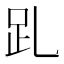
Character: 𧾹